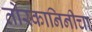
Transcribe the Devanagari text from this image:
तोस्कानिनीचा